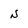
Character: N